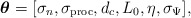
\begin{align*}\boldsymbol{\theta}=[\sigma_{n},\sigma_{\mathrm{proc}},d_{c},L_{0},\eta,\sigma_{\Psi}],\end{align*}